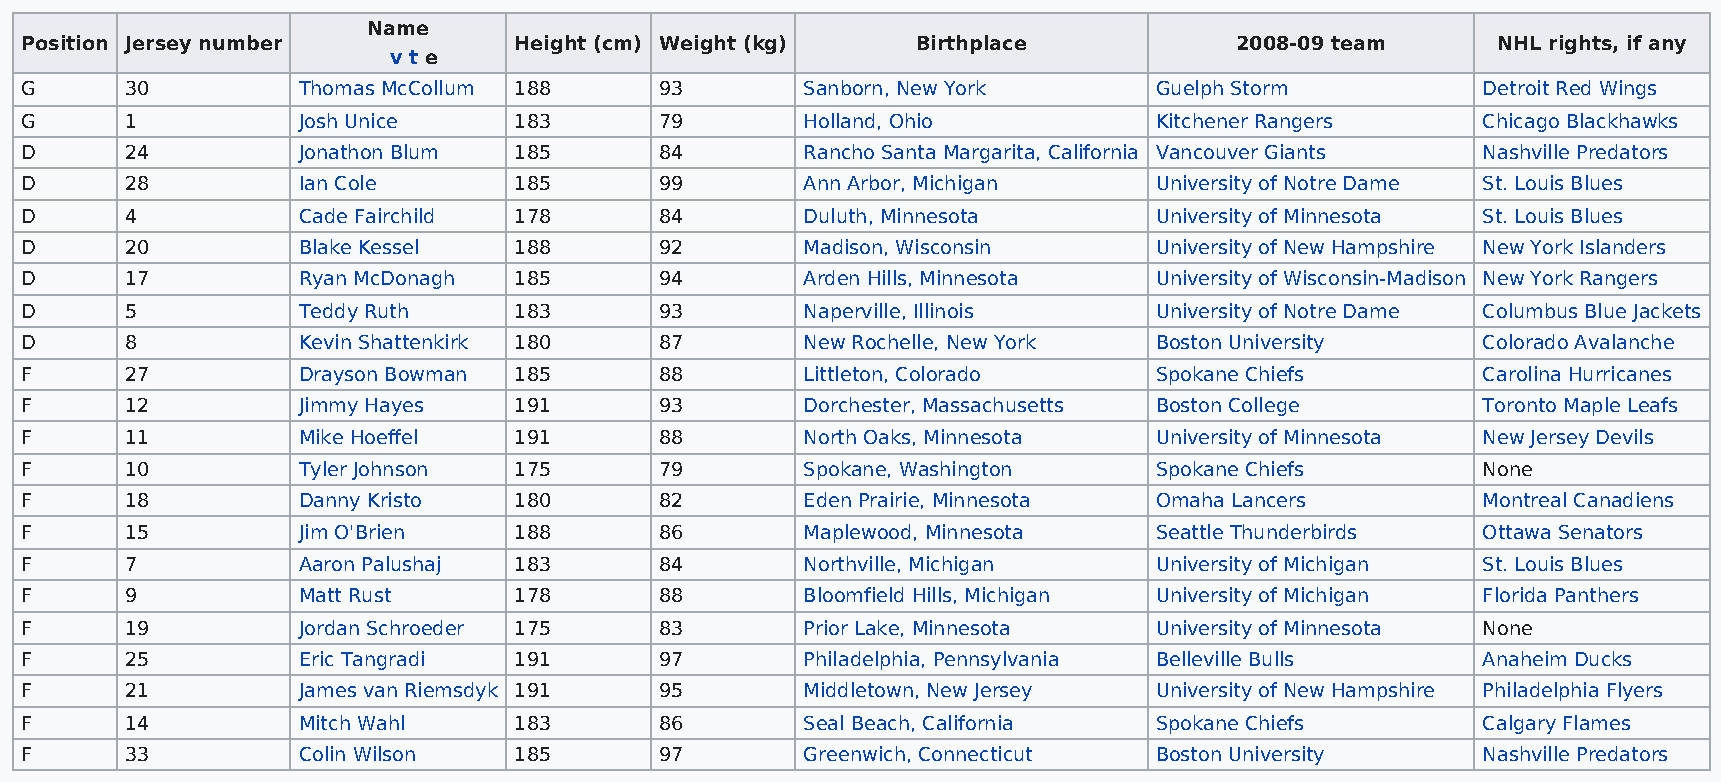
Name
 Position Jersey number           Height (cm) Weight (kg)    Birthplace           2008-09 team     NHL rights, if any
 v t e
 G      30          Thomas McCollum 188     93       Sanborn, New York      Guelph Storm          Detroit Red Wings
 G      1           Josh Unice    183       79       Holland, Ohio          Kitchener Rangers     Chicago Blackhawks
 D      24          Jonathon Blum 185       84       Rancho Santa Margarita, California Vancouver Giants Nashville Predators
 D      28          Ian Cole      185       99       Ann Arbor, Michigan    University of Notre Dame St. Louis Blues
 D      4           Cade Fairchild 178      84       Duluth, Minnesota      University of Minnesota St. Louis Blues
 D      20          Blake Kessel  188       92       Madison, Wisconsin     University of New Hampshire New York Islanders
 D      17          Ryan McDonagh 185       94       Arden Hills, Minnesota University of Wisconsin-Madison New York Rangers
 D      5           Teddy Ruth    183       93       Naperville, Illinois   University of Notre Dame Columbus Blue Jackets
 D      8           Kevin Shattenkirk 180   87       New Rochelle, New York Boston University     Colorado Avalanche
 F      27          Drayson Bowman 185      88       Littleton, Colorado    Spokane Chiefs        Carolina Hurricanes
 F      12          Jimmy Hayes   191       93       Dorchester, Massachusetts Boston College     Toronto Maple Leafs
 F      11          Mike Hoeffel  191       88       North Oaks, Minnesota  University of Minnesota New Jersey Devils
 F      10          Tyler Johnson 175       79       Spokane, Washington    Spokane Chiefs        None
 F      18          Danny Kristo  180       82       Eden Prairie, Minnesota Omaha Lancers        Montreal Canadiens
 F      15          Jim O'Brien   188       86       Maplewood, Minnesota   Seattle Thunderbirds  Ottawa Senators
 F      7           Aaron Palushaj 183      84       Northville, Michigan   University of Michigan St. Louis Blues
 F      9           Matt Rust     178       88       Bloomfield Hills, Michigan University of Michigan Florida Panthers
 F      19          Jordan Schroeder 175    83       Prior Lake, Minnesota  University of Minnesota None
 F      25          Eric Tangradi 191       97       Philadelphia, Pennsylvania Belleville Bulls  Anaheim Ducks
 F      21          James van Riemsdyk 191  95       Middletown, New Jersey University of New Hampshire Philadelphia Flyers
 F      14          Mitch Wahl    183       86       Seal Beach, California Spokane Chiefs        Calgary Flames
 F      33          Colin Wilson  185       97       Greenwich, Connecticut Boston University     Nashville Predators